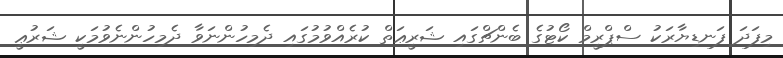
މިފަދަ ފަނޑިޔާރަކު ސްޕްރީމް ކޯޓުގެ ބެންޗްގައި ޝަރީޢަތް ކުރެއްވުމުގައި ދެމިހުންނަވާ ދެމިހުންނެވުމަކީ ޝަރުޢީ